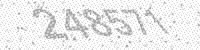
Solution: 248571